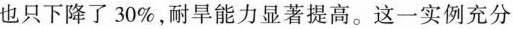
也只下降了30%，耐旱能力显著提高。这一实例充分